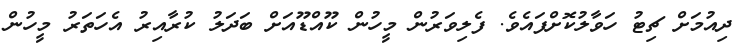
ދިއުމަށް ޗިޓު ހަވާލުކޮށްފައެވެ. ފެލިވަރުން މީހުން ކޫއްޑޫއަށް ބަދަލު ކުރާއިރު އެހަތަރު މީހުން